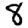
Digit: 8